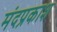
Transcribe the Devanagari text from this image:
मंदप्रकाश